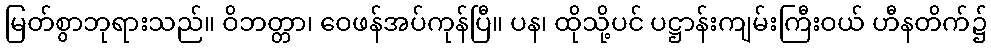
မြတ်စွာဘုရားသည်။ ဝိဘတ္တာ၊ ဝေဖန်အပ်ကုန်ပြီ။ ပန၊ ထိုသို့ပင် ပဋ္ဌာန်းကျမ်းကြီးဝယ် ဟီနတိက်၌